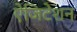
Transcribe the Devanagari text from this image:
ऐजिटेशन